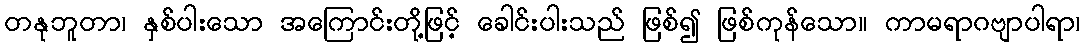
တနုဘူတာ၊ နှစ်ပါးသော အကြောင်းတို့ဖြင့် ခေါင်းပါးသည် ဖြစ်၍ ဖြစ်ကုန်သော။ ကာမရာဂဗျာပါရာ၊